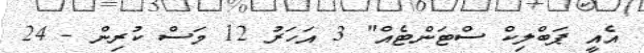
އެއީ ޕަބްލިކް ސްޓަންޓެއް" 3 އަހަރު 12 މަސް ކުރިން - 24